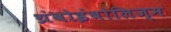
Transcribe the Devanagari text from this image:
थ्रंबोइंबोलिज्म